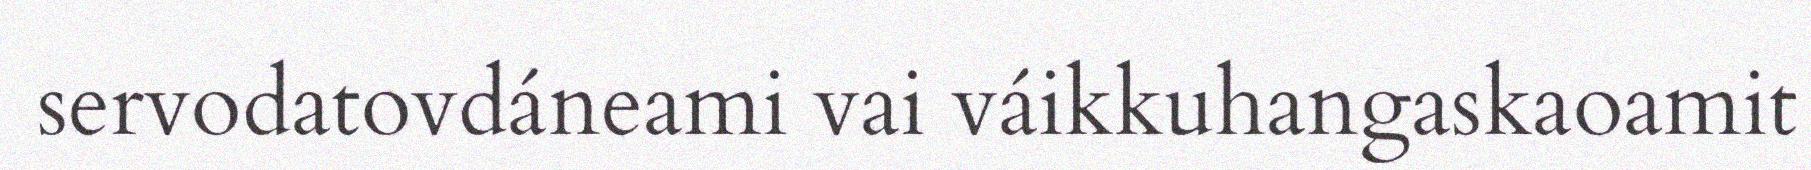
servodatovdáneami vai váikkuhangaskaoamit